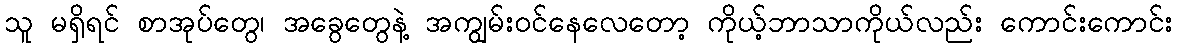
သူ မရှိရင် စာအုပ်တွေ၊ အခွေတွေနဲ့ အကျွမ်းဝင်နေလေတော့ ကိုယ့်ဘာသာကိုယ်လည်း ကောင်းကောင်း